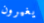
يغيرون